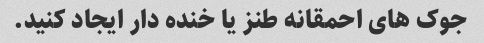
جوک های احمقانه طنز یا خنده دار ایجاد کنید.